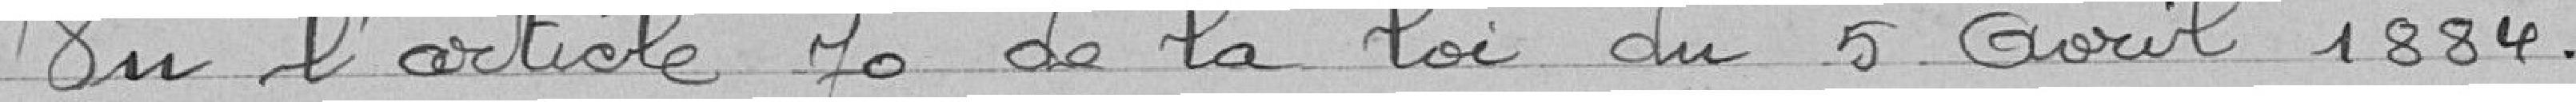
VU l'article 70 de la loi du 5 avril 1884